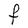
Character: F